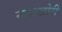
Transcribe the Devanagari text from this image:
नषाखोरी